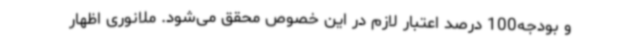
و بودجه100 درصد اعتبار لازم در این خصوص محقق می‌شود. ملانوری اظهار